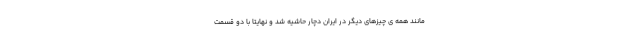
مانند همه ی چیزهای دیگر در ایران دچار حاشیه شد و نهایتاً با دو قسمت